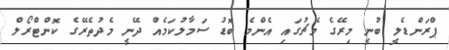
ޕްރަންޑެލީ ބުނީ މިރޭގެ މެޗުގައި އެންމެ ބޮޑު ސަމާލުކަމެއް ދޭނީ މެދުތެރޭގެ ކޮންޓްރޯލް